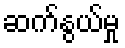
ဆက်နွယ်မှု